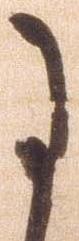
于